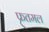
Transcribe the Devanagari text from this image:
फतमल